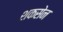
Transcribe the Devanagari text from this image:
शकसेन